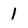
Character: 1